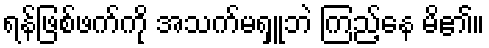
ရန်ဖြစ်ဖက်ကို အသက်မရှူဘဲ ကြည့်နေ မိ၏။